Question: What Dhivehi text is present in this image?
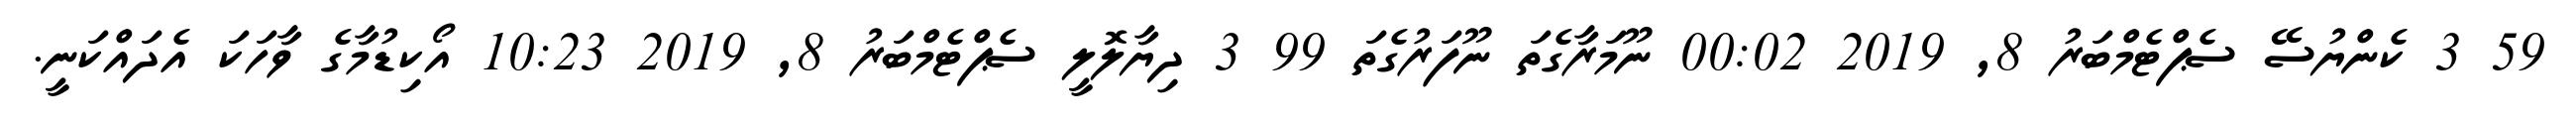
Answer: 59 3 ކެންޔުސޭ ސެޕްޓެމްބަރު 8, 2019 00:02 ނޫމަރާގެތަ ނޫފަރުގެތަ 99 3 ދިޔާލޮލީ ސެޕްޓެމްބަރު 8, 2019 10:23 އޯކިޑުމާގެ ވާހަކަ އެދައްކަނީ.